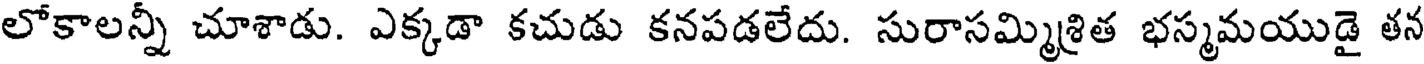
లోకాలన్నీ చూశాడు. ఎక్కడా కచుడు కనపడలేదు. సురాసమ్మిశ్రిత భస్మమయుడై తన